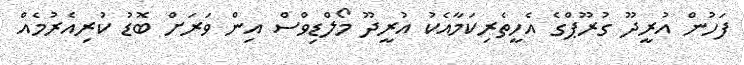
ފަހުން އުރީދޫ ގުރޫޕްގެ އެހީތެރިކަމާއެކު އުރީދޫ މޯލްޑިވްސް އިން ވަރަށް ބޮޑު ކުރިއެރުމެއް